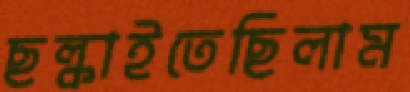
ছল্‌কাইতেছিলাম